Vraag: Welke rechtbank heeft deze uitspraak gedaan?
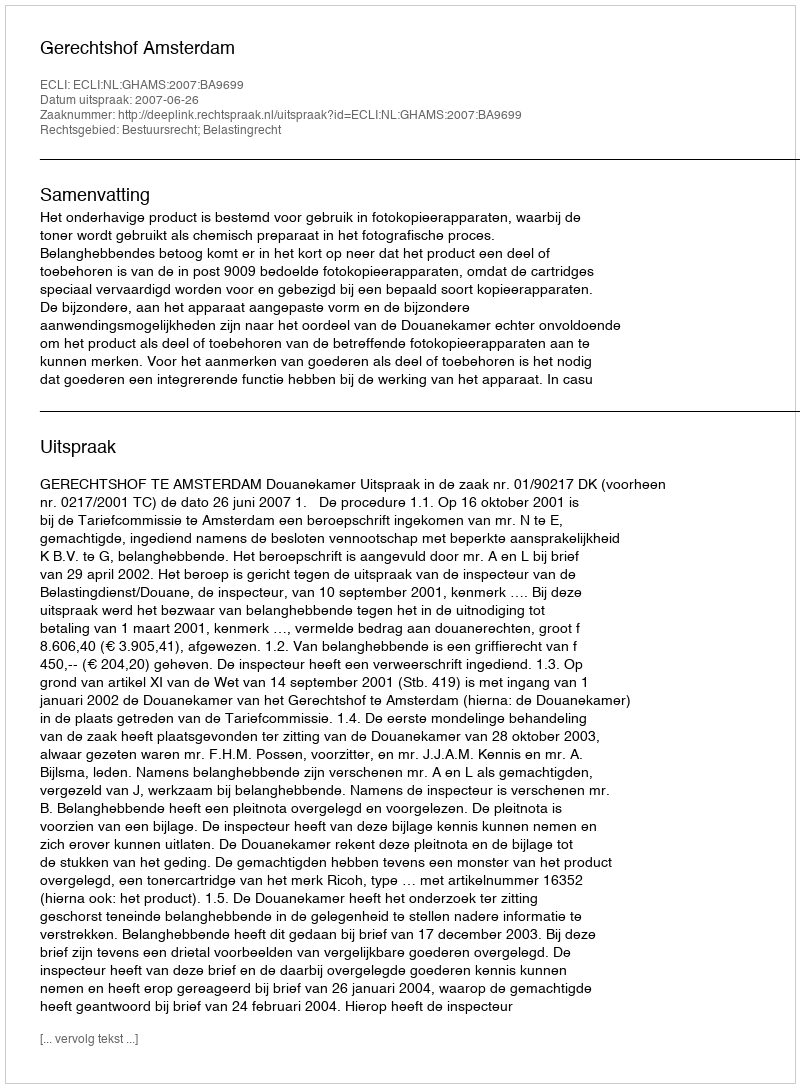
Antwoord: Gerechtshof Amsterdam